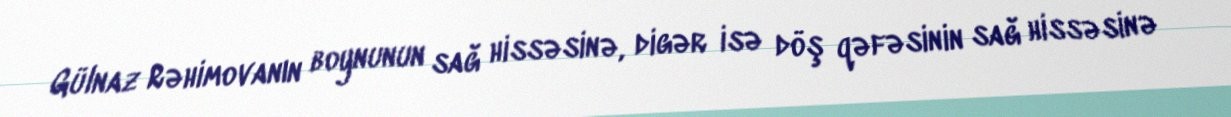
Gülnaz Rəhimovanın boynunun sağ hissəsinə, digər isə döş qəfəsinin sağ hissəsinə